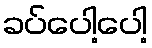
ခပ်ပေါ့ပေါ့